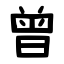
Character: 曾